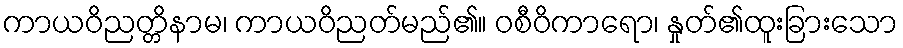
ကာယဝိညတ္တိနာမ၊ ကာယဝိညတ်မည်၏။ ဝစီဝိကာရော၊ နှုတ်၏ထူးခြားသော